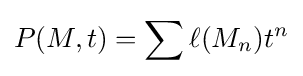
P(M,t)=\sum \ell (M_{n})t^{n}